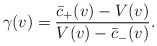
\begin{align*} \gamma(v)=\frac{\bar{c}_+(v)-V(v)}{V(v)-\bar{c}_-(v)}.\end{align*}